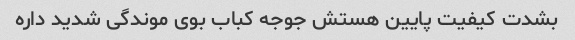
بشدت کیفیت پایین هستش جوجه کباب بوی موندگی شدید داره